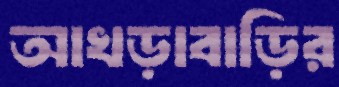
আখড়াবাড়ির